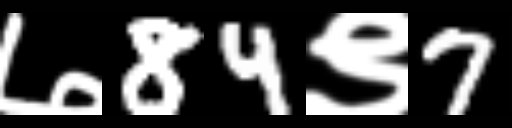
Text: ७84९7